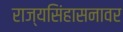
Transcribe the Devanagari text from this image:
राज्यसिंहासनावर